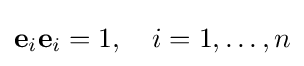
\mathbf {e} _{i}\mathbf {e} _{i}=1,\quad i=1,\ldots ,n